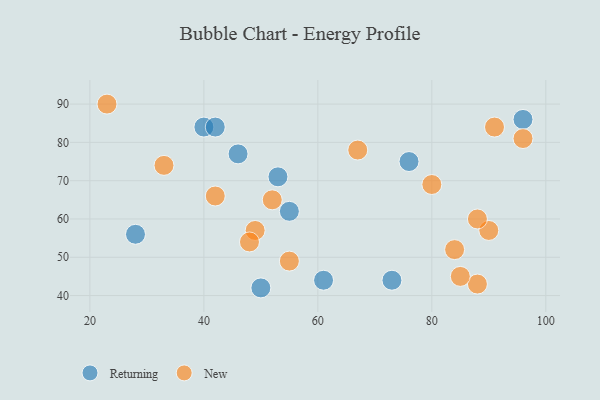
{"axis": {"x": "GDP", "y": "Life Expectancy"}, "legend": ["New", "Returning"], "data": [{"x": "28", "y": 56, "type": "Returning"}, {"x": "96", "y": 86, "type": "Returning"}, {"x": "55", "y": 62, "type": "Returning"}, {"x": "40", "y": 84, "type": "Returning"}, {"x": "46", "y": 77, "type": "Returning"}, {"x": "73", "y": 44, "type": "Returning"}, {"x": "61", "y": 44, "type": "Returning"}, {"x": "53", "y": 71, "type": "Returning"}, {"x": "76", "y": 75, "type": "Returning"}, {"x": "42", "y": 84, "type": "Returning"}, {"x": "50", "y": 42, "type": "Returning"}, {"x": "67", "y": 78, "type": "New"}, {"x": "23", "y": 90, "type": "New"}, {"x": "96", "y": 81, "type": "New"}, {"x": "90", "y": 57, "type": "New"}, {"x": "33", "y": 74, "type": "New"}, {"x": "49", "y": 57, "type": "New"}, {"x": "80", "y": 69, "type": "New"}, {"x": "88", "y": 43, "type": "New"}, {"x": "55", "y": 49, "type": "New"}, {"x": "91", "y": 84, "type": "New"}, {"x": "84", "y": 52, "type": "New"}, {"x": "52", "y": 65, "type": "New"}, {"x": "88", "y": 60, "type": "New"}, {"x": "42", "y": 66, "type": "New"}, {"x": "85", "y": 45, "type": "New"}, {"x": "48", "y": 54, "type": "New"}]}